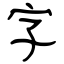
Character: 字